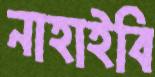
নাহাইবি